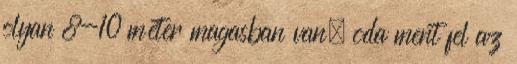
olyan 8-10 méter magasban van, oda ment fel az